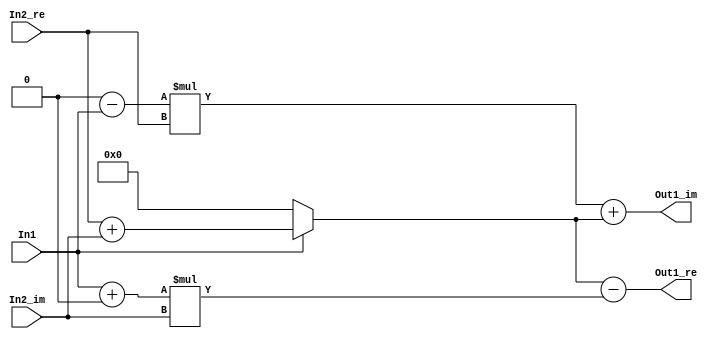
// -------------------------------------------------------------
// 
// 
// Generated by MATLAB 9.7 and HDL Coder 3.15
// 
// -------------------------------------------------------------


// -------------------------------------------------------------
// 
// Module: Subsystem
// Source Path: FFTblock_FP_libblocks_full/FFTblock_FP_libblocks/Butterfly_Stage1_1/Subsystem
// Hierarchy Level: 2
// 
// -------------------------------------------------------------

`timescale 1 ns / 1 ns

module Subsystem
          (In1,
           In2_re,
           In2_im,
           Out1_re,
           Out1_im);


  input   In1;  // ufix1
  input   signed [7:0] In2_re;  // sfix8_En2
  input   signed [7:0] In2_im;  // sfix8_En2
  output  signed [8:0] Out1_re;  // sfix9_En2
  output  signed [8:0] Out1_im;  // sfix9_En2


  wire Complex_to_Real_Imag1_out1;  // ufix1
  wire Complex_to_Real_Imag1_out2;  // ufix1
  wire signed [8:0] Sum5_add_cast;  // sfix9_En2
  wire signed [8:0] Sum5_add_cast_1;  // sfix9_En2
  wire signed [8:0] Sum5_out1;  // sfix9_En2
  wire signed [8:0] Product_in0;  // sfix9_En2
  wire signed [9:0] Product_cast;  // sfix10_En2
  wire signed [8:0] k1;  // sfix9_En2
  wire signed [1:0] Sum6_1;  // sfix2
  wire signed [1:0] Sum6_2;  // sfix2
  wire signed [1:0] Sum6_out1;  // sfix2
  wire signed [9:0] Product1_mul_temp;  // sfix10_En2
  wire signed [8:0] k2;  // sfix9_En2
  wire signed [8:0] Sum4_out1;  // sfix9_En2
  wire signed [1:0] Sum3_1;  // sfix2
  wire signed [1:0] Sum3_2;  // sfix2
  wire signed [1:0] Sum3_out1;  // sfix2
  wire signed [9:0] Product2_mul_temp;  // sfix10_En2
  wire signed [8:0] k3;  // sfix9_En2
  wire signed [8:0] Sum2_out1;  // sfix9_En2


  assign Complex_to_Real_Imag1_out1 = In1;
  assign Complex_to_Real_Imag1_out2 = 1'b0;



  assign Sum5_add_cast = {In2_re[7], In2_re};
  assign Sum5_add_cast_1 = {In2_im[7], In2_im};
  assign Sum5_out1 = Sum5_add_cast + Sum5_add_cast_1;



  assign Product_in0 = (Complex_to_Real_Imag1_out1 == 1'b1 ? Sum5_out1 :
              9'sb000000000);
  assign Product_cast = {Product_in0[8], Product_in0};
  assign k1 = Product_cast[8:0];



  assign Sum6_1 = {1'b0, Complex_to_Real_Imag1_out1};
  assign Sum6_2 = {1'b0, Complex_to_Real_Imag1_out2};
  assign Sum6_out1 = Sum6_1 + Sum6_2;



  assign Product1_mul_temp = Sum6_out1 * In2_im;
  assign k2 = Product1_mul_temp[8:0];



  assign Sum4_out1 = k1 - k2;



  assign Out1_re = Sum4_out1;

  assign Sum3_1 = {1'b0, Complex_to_Real_Imag1_out2};
  assign Sum3_2 = {1'b0, Complex_to_Real_Imag1_out1};
  assign Sum3_out1 = Sum3_1 - Sum3_2;



  assign Product2_mul_temp = Sum3_out1 * In2_re;
  assign k3 = Product2_mul_temp[8:0];



  assign Sum2_out1 = k3 + k1;



  assign Out1_im = Sum2_out1;

endmodule  // Subsystem